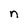
Character: n